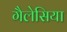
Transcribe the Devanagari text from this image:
गैलेसिया